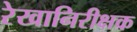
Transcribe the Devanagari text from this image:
रेखानिरीक्षक